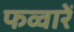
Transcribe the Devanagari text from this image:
फव्वारें